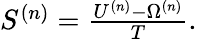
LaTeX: \begin{array}{r}{S^{(n)}=\frac{U^{(n)}-\Omega^{(n)}}{T}.}\end{array}